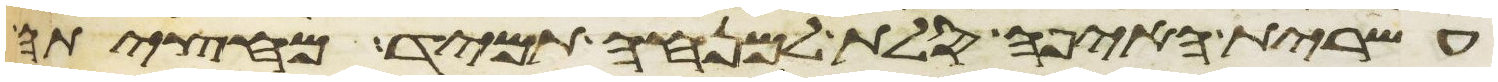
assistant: עשירת האיפה סלת למנחה תמיד מחציתה